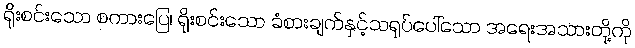
ရိုးစင်းသော စကားပြေ၊ ရိုးစင်းသော ခံစားချက်နှင့်သရုပ်ပေါ်သော အရေးအသားတို့ကို